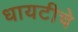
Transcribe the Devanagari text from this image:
धायटीचे